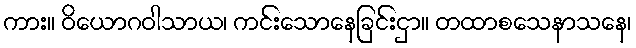
ကား။ ဝိယောဂဝါသာယ၊ ကင်းသောနေခြင်းငှာ။ တထာစသေနာသနေ၊